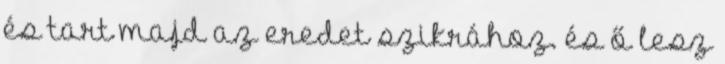
és tart majd az eredet szikrához. és ő lesz